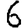
Digit: 6